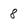
Character: 8